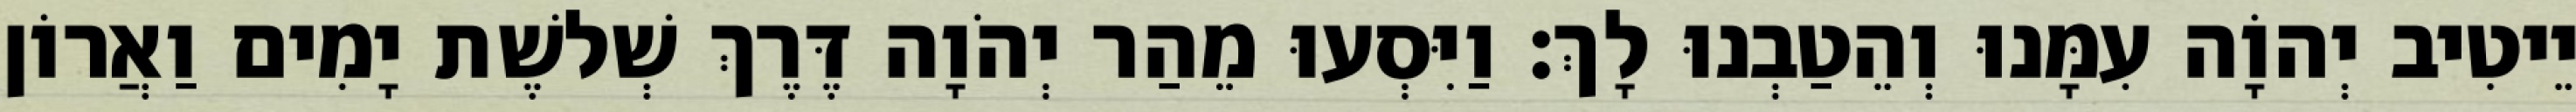
יֵיטִיב יְהוָֹה עִמָּנוּ וְהֵטַבְנוּ לָךְ׃ וַיִּסְעוּ מֵהַר יְהֹוָה דֶּרֶךְ שְׁלשֶׁת יָמִים וַאֲרוֹן